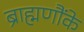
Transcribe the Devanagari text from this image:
ब्राह्मणौंके